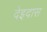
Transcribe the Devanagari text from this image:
देइदास